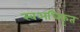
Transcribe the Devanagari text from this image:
स्वअधिकृत